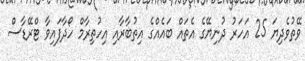
ވޭތުވެދިޔަ 25 އަހަރު ދުނިޔޭގެ އެތައް ބައެއްގެ އިތުބާރާއި އިހުތިރާމް ހޯދާފައިވާ ޓްރޭޑާސް